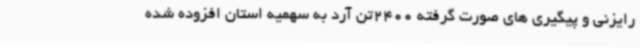
رایزنی و پیگیری های صورت گرفته 2400تن آرد به سهمیه استان افزوده شده